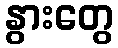
နွားတွေ